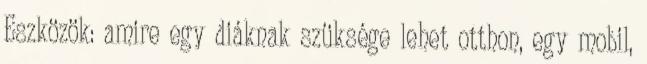
Eszközök: amire egy diáknak szüksége lehet otthon, egy mobil,